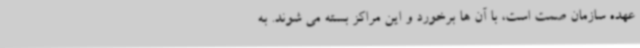
عهده سازمان صمت است، با آن ها برخورد و این مراکز بسته می شوند. به